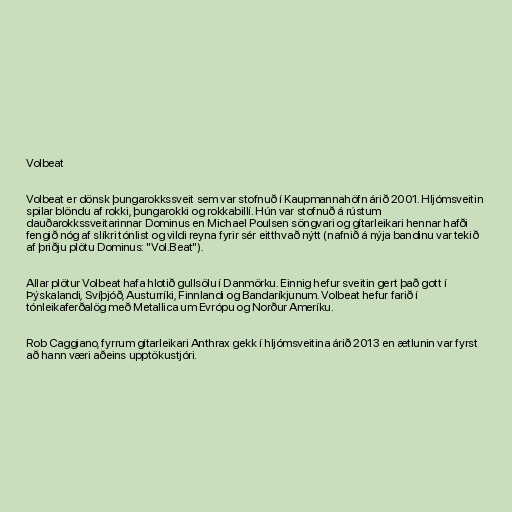
Volbeat

Volbeat er dönsk þungarokkssveit sem var stofnuð í Kaupmannahöfn árið 2001. Hljómsveitin
spilar blöndu af rokki, þungarokki og rokkabillí. Hún var stofnuð á rústum
dauðarokkssveitarinnar Dominus en Michael Poulsen söngvari og gítarleikari hennar hafði
fengið nóg af slíkri tónlist og vildi reyna fyrir sér eitthvað nýtt (nafnið á nýja bandinu var tekið
af þriðju plötu Dominus: "Vol.Beat").

Allar plötur Volbeat hafa hlotið gullsölu í Danmörku. Einnig hefur sveitin gert það gott í
Þýskalandi, Svíþjóð, Austurríki, Finnlandi og Bandaríkjunum. Volbeat hefur farið í
tónleikaferðalög með Metallica um Evrópu og Norður Ameríku.

Rob Caggiano, fyrrum gítarleikari Anthrax gekk í hljómsveitina árið 2013 en ætlunin var fyrst
að hann væri aðeins upptökustjóri.